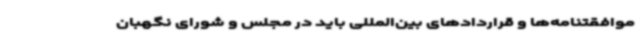
موافقتنامه‌ها و قراردادهای بین‌المللی باید در مجلس و شورای نگهبان